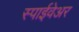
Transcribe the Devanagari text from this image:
स्पाईवेअर